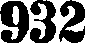
932